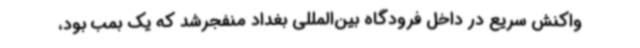
واکنش سریع در داخل فرودگاه بین‌المللی بغداد منفجرشد که یک بمب بود،